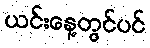
ယင်းနေ့တွင်ပင်